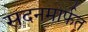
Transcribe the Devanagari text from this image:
सदनमार्फत